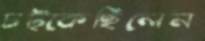
চট্‌কেছিলেন